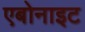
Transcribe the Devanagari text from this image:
एबोनाइट